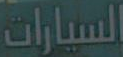
السيارات